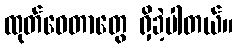
ထုတ်ဝေတာတွေ ရှိခဲ့ပါတယ်။